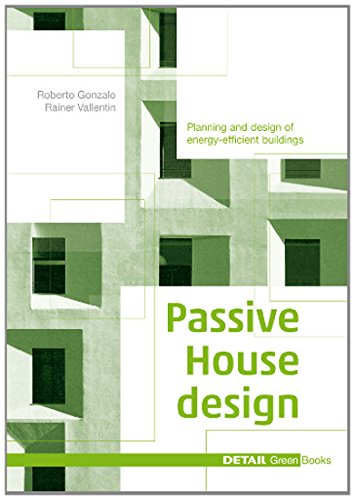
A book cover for Passive House Design (Edition Detail Green Books); Gonzalo Roberto; Arts & Photography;